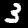
Label: 3